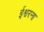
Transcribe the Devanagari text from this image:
ईश्वरना